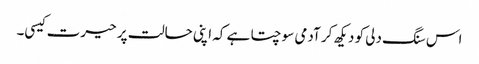
اس سنگ دلی کو دیکھ کر آدمی سوچتا ہے کہ اپنی حالت پر حیرت کیسی۔